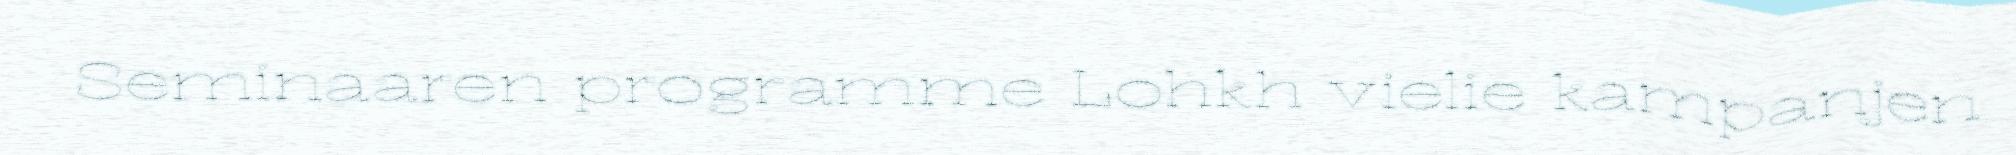
Seminaaren programme Lohkh vielie kampanjen